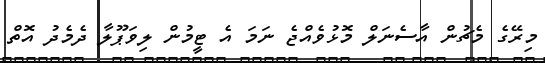
މިރޭގެ މެޗުން އާސެނަލް މޮޅުވެއްޖެ ނަމަ އެ ޓީމުން ލިވަޕޫލާ ދެމެދު އޮތް